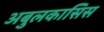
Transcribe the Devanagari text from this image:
अबुलकासिस